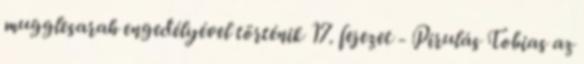
mugglesarah engedélyével történik 17. fejezet - Pirulás Tobias az